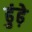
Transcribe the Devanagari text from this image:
ढुंढ़े